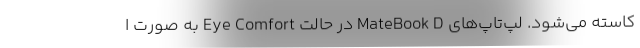
کاسته می‌شود. لپ‌تاپ‌های MateBook D در حالت Eye Comfort به صورت ا